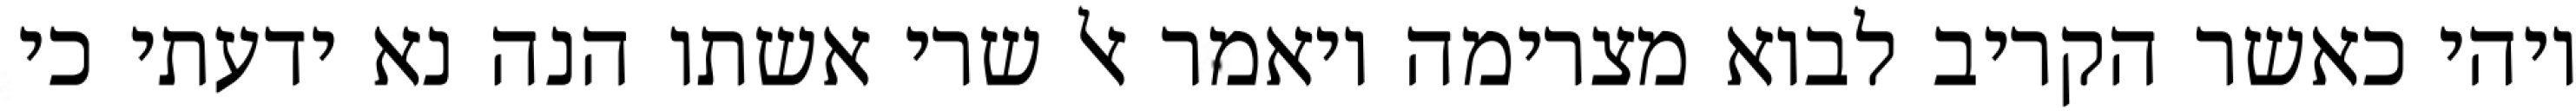
ויהי כאשר הקריב לבוא מצרימה ויאמר אל שרי אשתו הנה נא ידעתי כי